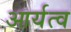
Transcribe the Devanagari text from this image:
आर्यत्व